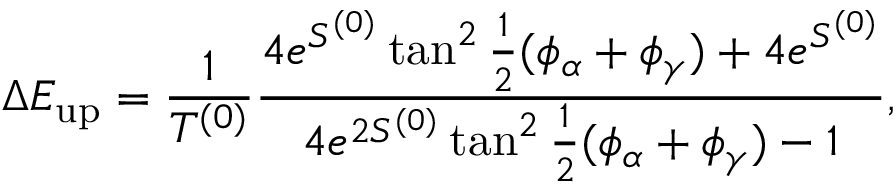
\Delta E _ { \mathrm { u p } } = \frac { 1 } { T ^ { ( 0 ) } } \frac { 4 e ^ { S ^ { ( 0 ) } } \tan ^ { 2 } \frac { 1 } { 2 } ( \phi _ { \alpha } + \phi _ { \gamma } ) + 4 e ^ { S ^ { ( 0 ) } } } { 4 e ^ { 2 S ^ { ( 0 ) } } \tan ^ { 2 } \frac { 1 } { 2 } ( \phi _ { \alpha } + \phi _ { \gamma } ) - 1 } ,